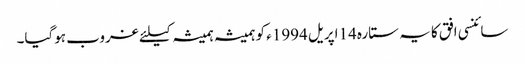
سائنسی افق کا یہ ستارہ 14اپریل 1994ء کو ہمیشہ ہمیشہ کیلئے غروب ہوگیا۔